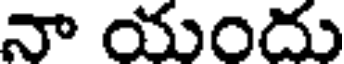
నా యందు